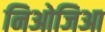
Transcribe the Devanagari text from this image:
निओजिआ